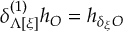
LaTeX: \delta _ { \Lambda [ \xi ] } ^ { ( 1 ) } h _ { \cal O } = h _ { \delta _ { \xi } { \cal O } }